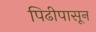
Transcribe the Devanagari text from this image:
पिढीपासून